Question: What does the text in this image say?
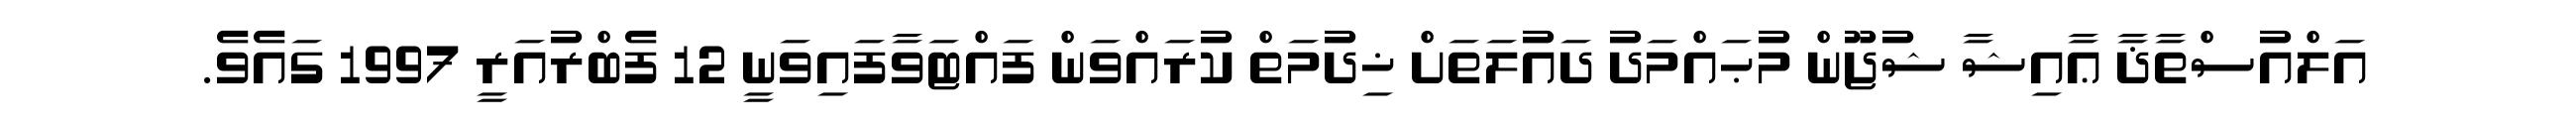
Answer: އަލްއުސްތާޛާ ޢާއިޝާ ޝުޖޫން މުޙައްމަދު ދައުލަތަށް ޚިދުމަތް ކުރައްވަން ފައްޓަވާފައިވަނީ 12 ފެބްރުއަރީ 1997 ގައެވެ.